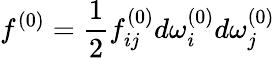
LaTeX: f^{(0)}=\frac{1}{2}f_{ij}^{(0)}d\omega_{i}^{(0)}d\omega_{j}^{(0)}